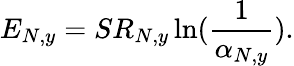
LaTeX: E_{N,y}=SR_{N,y}\ln(\frac{1}{\alpha_{N,y}}).